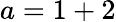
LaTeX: a=1+2